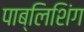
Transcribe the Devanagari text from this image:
पाब्लिशिंग